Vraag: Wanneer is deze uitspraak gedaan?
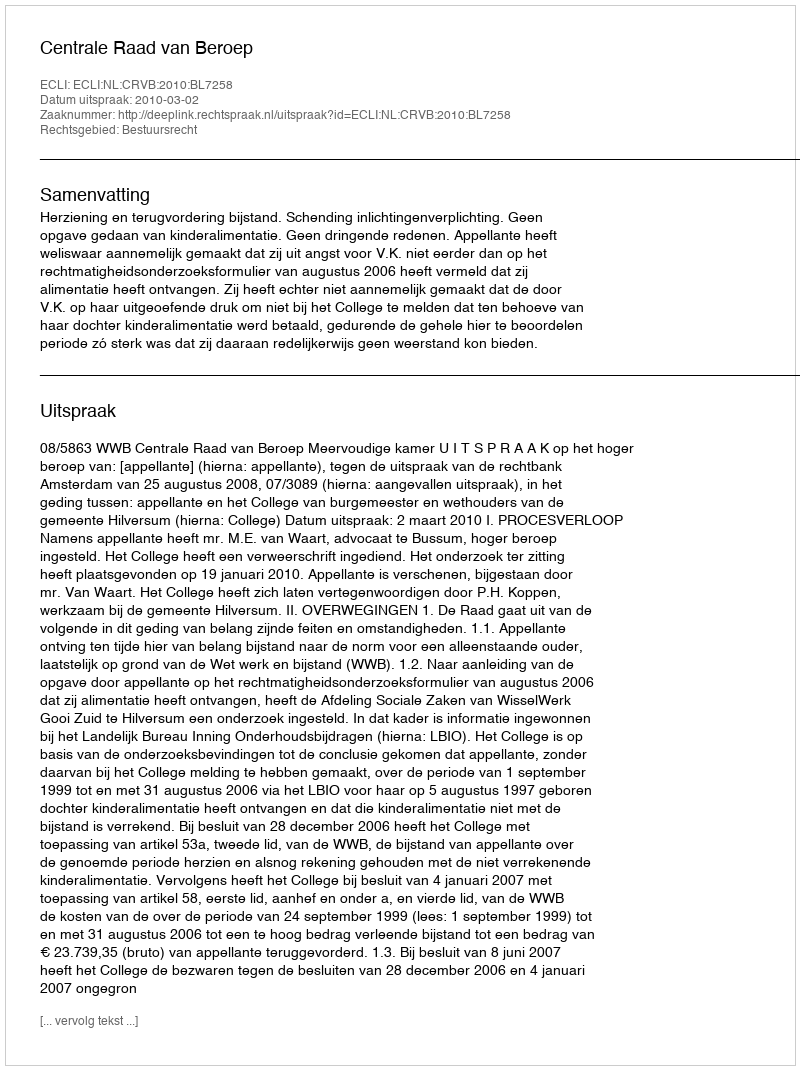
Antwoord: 2010-03-02